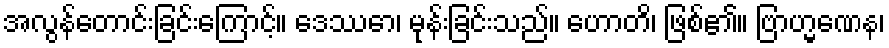
အလွန်တောင်းခြင်းကြောင့်။ ဒေဿော၊ မုန်းခြင်းသည်။ ဟောတိ၊ ဖြစ်၏။ ဗြာဟ္မဏေန၊